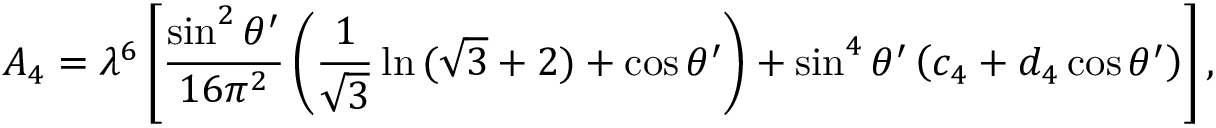
A _ { 4 } = \lambda ^ { 6 } \left[ { \frac { \sin ^ { 2 } \theta ^ { \prime } } { 1 6 \pi ^ { 2 } } } \left( { \frac { 1 } { \sqrt { 3 } } } \ln { ( \sqrt { 3 } + 2 ) } + \cos \theta ^ { \prime } \right) + \sin ^ { 4 } \theta ^ { \prime } \left( c _ { 4 } + d _ { 4 } \cos \theta ^ { \prime } \right) \right] ,